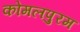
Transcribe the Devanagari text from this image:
कोमलपुरम